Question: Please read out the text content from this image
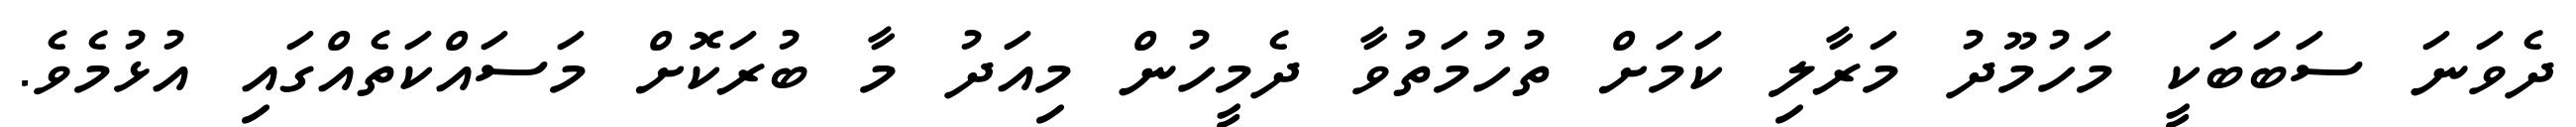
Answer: ދެވަނަ ސަބަބަކީ މަހުމޫދު މަރާލި ކަމަށް ތުހުމަތުވާ ދެމީހުން މިއަދު މާ ބުރަކޮށް މަސައްކަތެއްގައި އުޅުމެވެ.